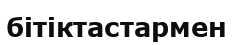
бітіктастармен